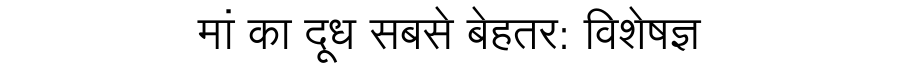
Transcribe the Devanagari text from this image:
मां का दूध सबसे बेहतर: विशेषज्ञ